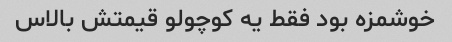
خوشمزه بود فقط یه کوچولو قیمتش بالاس